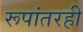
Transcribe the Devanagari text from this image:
रूपांतरही